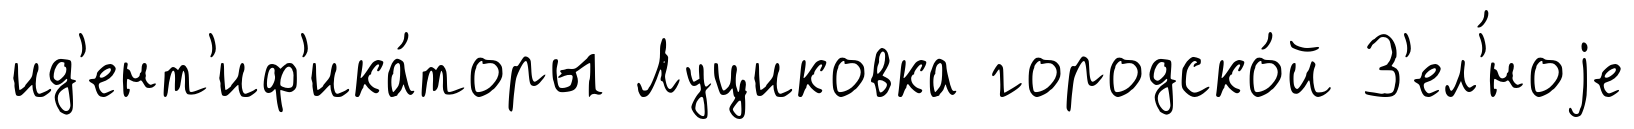
ид'ент'иф'ика́торы Луциковка городско́й З'ел'́ноjе